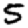
Digit: 5